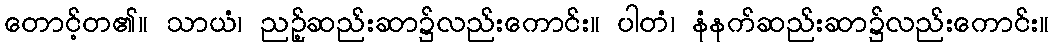
တောင့်တ၏။ သာယံ၊ ညဉ့်ဆည်းဆာ၌လည်းကောင်း။ ပါတံ၊ နံနက်ဆည်းဆာ၌လည်းကောင်း။